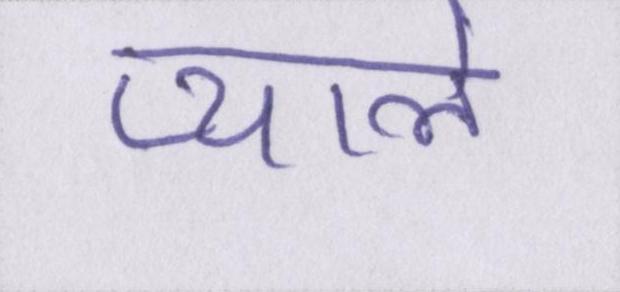
प्याले